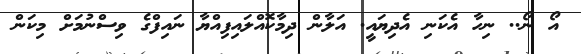
އޯ ނޯ.. ނިހާ އެކަނި އެދިޔައީ. އަލާން ދިމާކޮއްލައިފިއްޔާ ނައިފްގެ ވިސްނުމަށް މިކަން